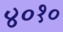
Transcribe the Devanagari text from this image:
४०१०